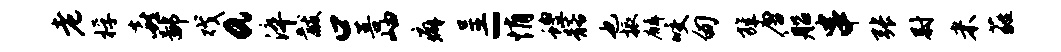
老桴喜鄙戏a淬黻口菩岫癖呈-悄蝗髂也振麟咬甸旌唐船串张尉米蕤